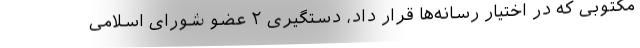
مکتوبی که در اختیار رسانه‌ها قرار داد، دستگیری ۲ عضو شورای اسلامی